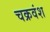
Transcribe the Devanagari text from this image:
चक्रवंश